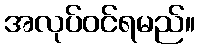
အလုပ်ဝင်ရမည်။